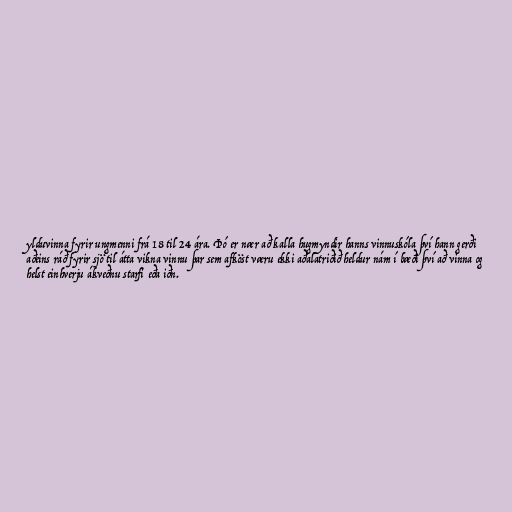
ylduvinna fyrir ungmenni frá 18 til 24 ára. Þó er nær að kalla hugmyndir hanns vinnuskóla því hann gerði
aðeins ráð fyrir sjö til átta vikna vinnu þar sem afköst væru ekki aðalatriðið heldur nám í bæði því að vinna og
helst einhverju ákveðnu starfi eða iðn.